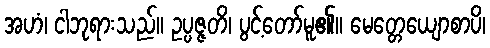
အဟံ၊ ငါဘုရားသည်။ ဥပ္ပဇ္ဇတိ၊ ပွင့်တော်မူ၏။ မေတ္တေယျောစာပိ၊